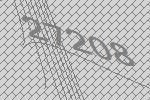
27208